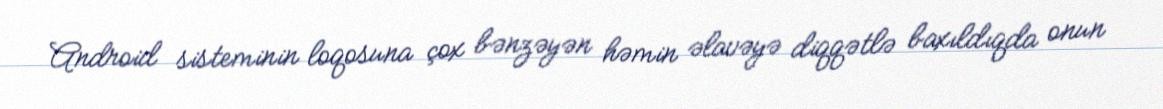
Android sisteminin loqosuna çox bənzəyən həmin əlavəyə diqqətlə baxıldıqda onun